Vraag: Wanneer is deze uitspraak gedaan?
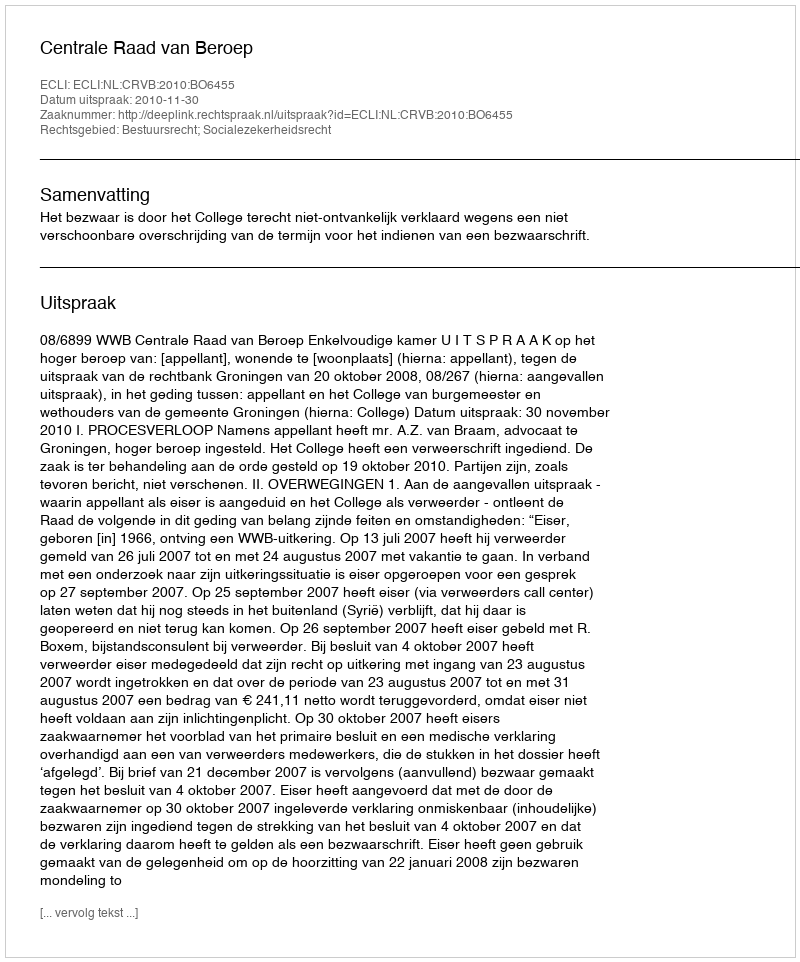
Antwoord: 2010-11-30